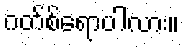
ဂတ်စ်ရောပါလား။